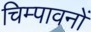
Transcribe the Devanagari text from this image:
चिम्पावनों